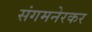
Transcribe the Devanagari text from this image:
संगमनेरकर